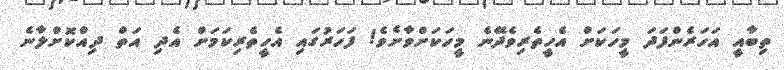
ތިބާއީ އަހަރެންފަދަ މީހަކަށް އެހީތެރިވެދޭނެ މީހަކަށްވާށެވެ! ފަހަރުގައި އެހީތެރިކަމަށް އެދި އަތް ދިއްކޮށްލާނެ